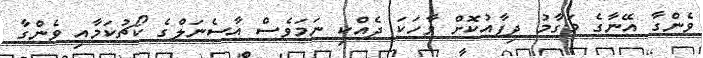
ވެންގާ އޭނާގެ މަގާމު ދިފާއުކޮށް ވާހަކަ ދެއްކި ނަމަވެސް އާސެނަލްގެ ކޯޗުކަމާއި ވެންގާ